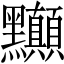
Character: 𲎘